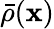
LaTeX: \bar{\rho}({\mathbf x})